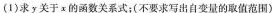
(1)求y关于x的函数关系式；(不要求写出自变量的取值范围)(